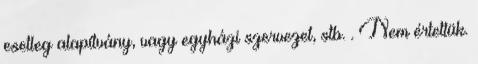
esetleg alapítvány, vagy egyházi szervezet, stb. . Nem értettük.